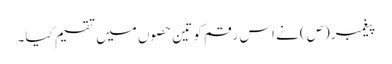
پیغمبر (ص) نے اس رقم کو تین حصوں میں تقسیم کیا۔